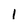
Character: 1